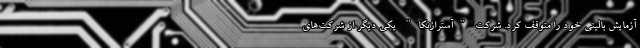
آزمایش بالینی خود را متوقف کرد. شرکت "آسترازنکا" یکی دیگر از شرکت‌های